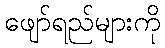
ဖျော်ရည်များကို